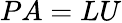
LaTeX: PA=LU